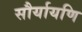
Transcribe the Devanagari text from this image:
सौर्यायणि